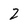
Character: 2